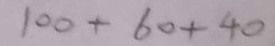
1 0 0 + 6 0 + 4 0